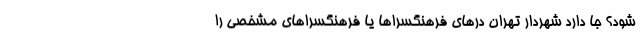
شود؟ جا دارد شهردار تهران درهای فرهنگسراها یا فرهنگسراهای مشخصی را